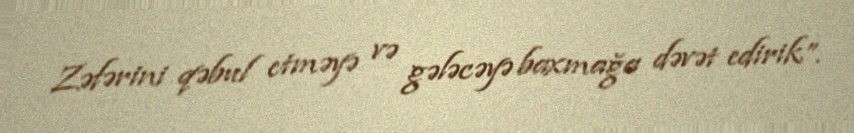
Zəfərini qəbul etməyə və gələcəyə baxmağa dəvət edirik”.